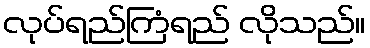
လုပ်ရည်ကြံရည် လိုသည်။